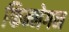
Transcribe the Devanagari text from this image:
फिन्नेगन